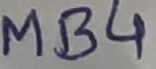
Text: MB4